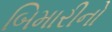
બિમારીનો